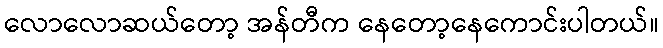
လောလောဆယ်တော့ အန်တီက နေတော့နေကောင်းပါတယ်။